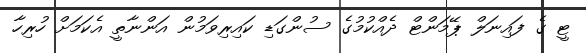
ޓީ ގެ ފައިނަލް ޕޭމަންޓް ދެއްކުމުގެ ސުންގަޑި ކައިރިވަމުން އަންނާތީ އެކަމަށް ހުރިހާ